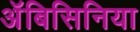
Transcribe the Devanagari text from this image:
अॅबिसिनिया